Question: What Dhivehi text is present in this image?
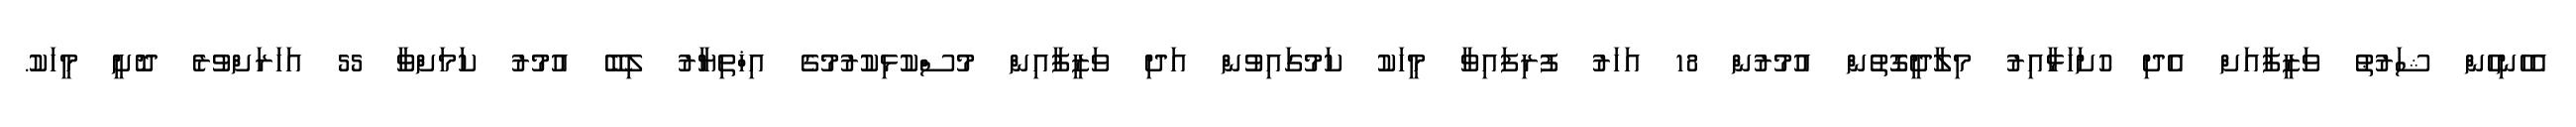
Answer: އެހެނިހެން ޝަރުޠު ވަޒީފާއަށް އެދި ހުށަހަޅާއިރު މިލާދީގޮތުން އުމުރުން 18 އަހަރު ފުރިފައިވާ މީހަކު ކަމުގައިވުން އަދި ވަޒީފާއިން މުސްކުޅިކުރުމުގެ އިޚްތިޔާރު ލިބޭ އުމުރު ކަމަށްވާ 55 އަހަރަށްވުރެ ދޮށީ މީހަކު.